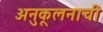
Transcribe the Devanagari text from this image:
अनुकूलनाची